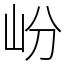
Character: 岎